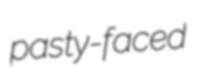
pasty-faced